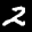
Label: 2